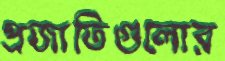
প্রজাতিগুলোর